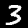
Label: 3